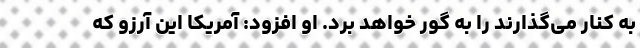
به کنار می‌گذارند را به گور خواهد برد. او افزود: آمریکا این آرزو که